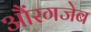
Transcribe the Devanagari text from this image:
औंरगजेब